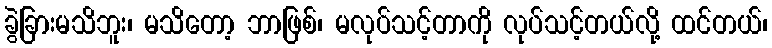
ခွဲခြားမသိဘူး၊ မသိတော့ ဘာဖြစ်၊ မလုပ်သင့်တာကို လုပ်သင့်တယ်လို့ ထင်တယ်၊